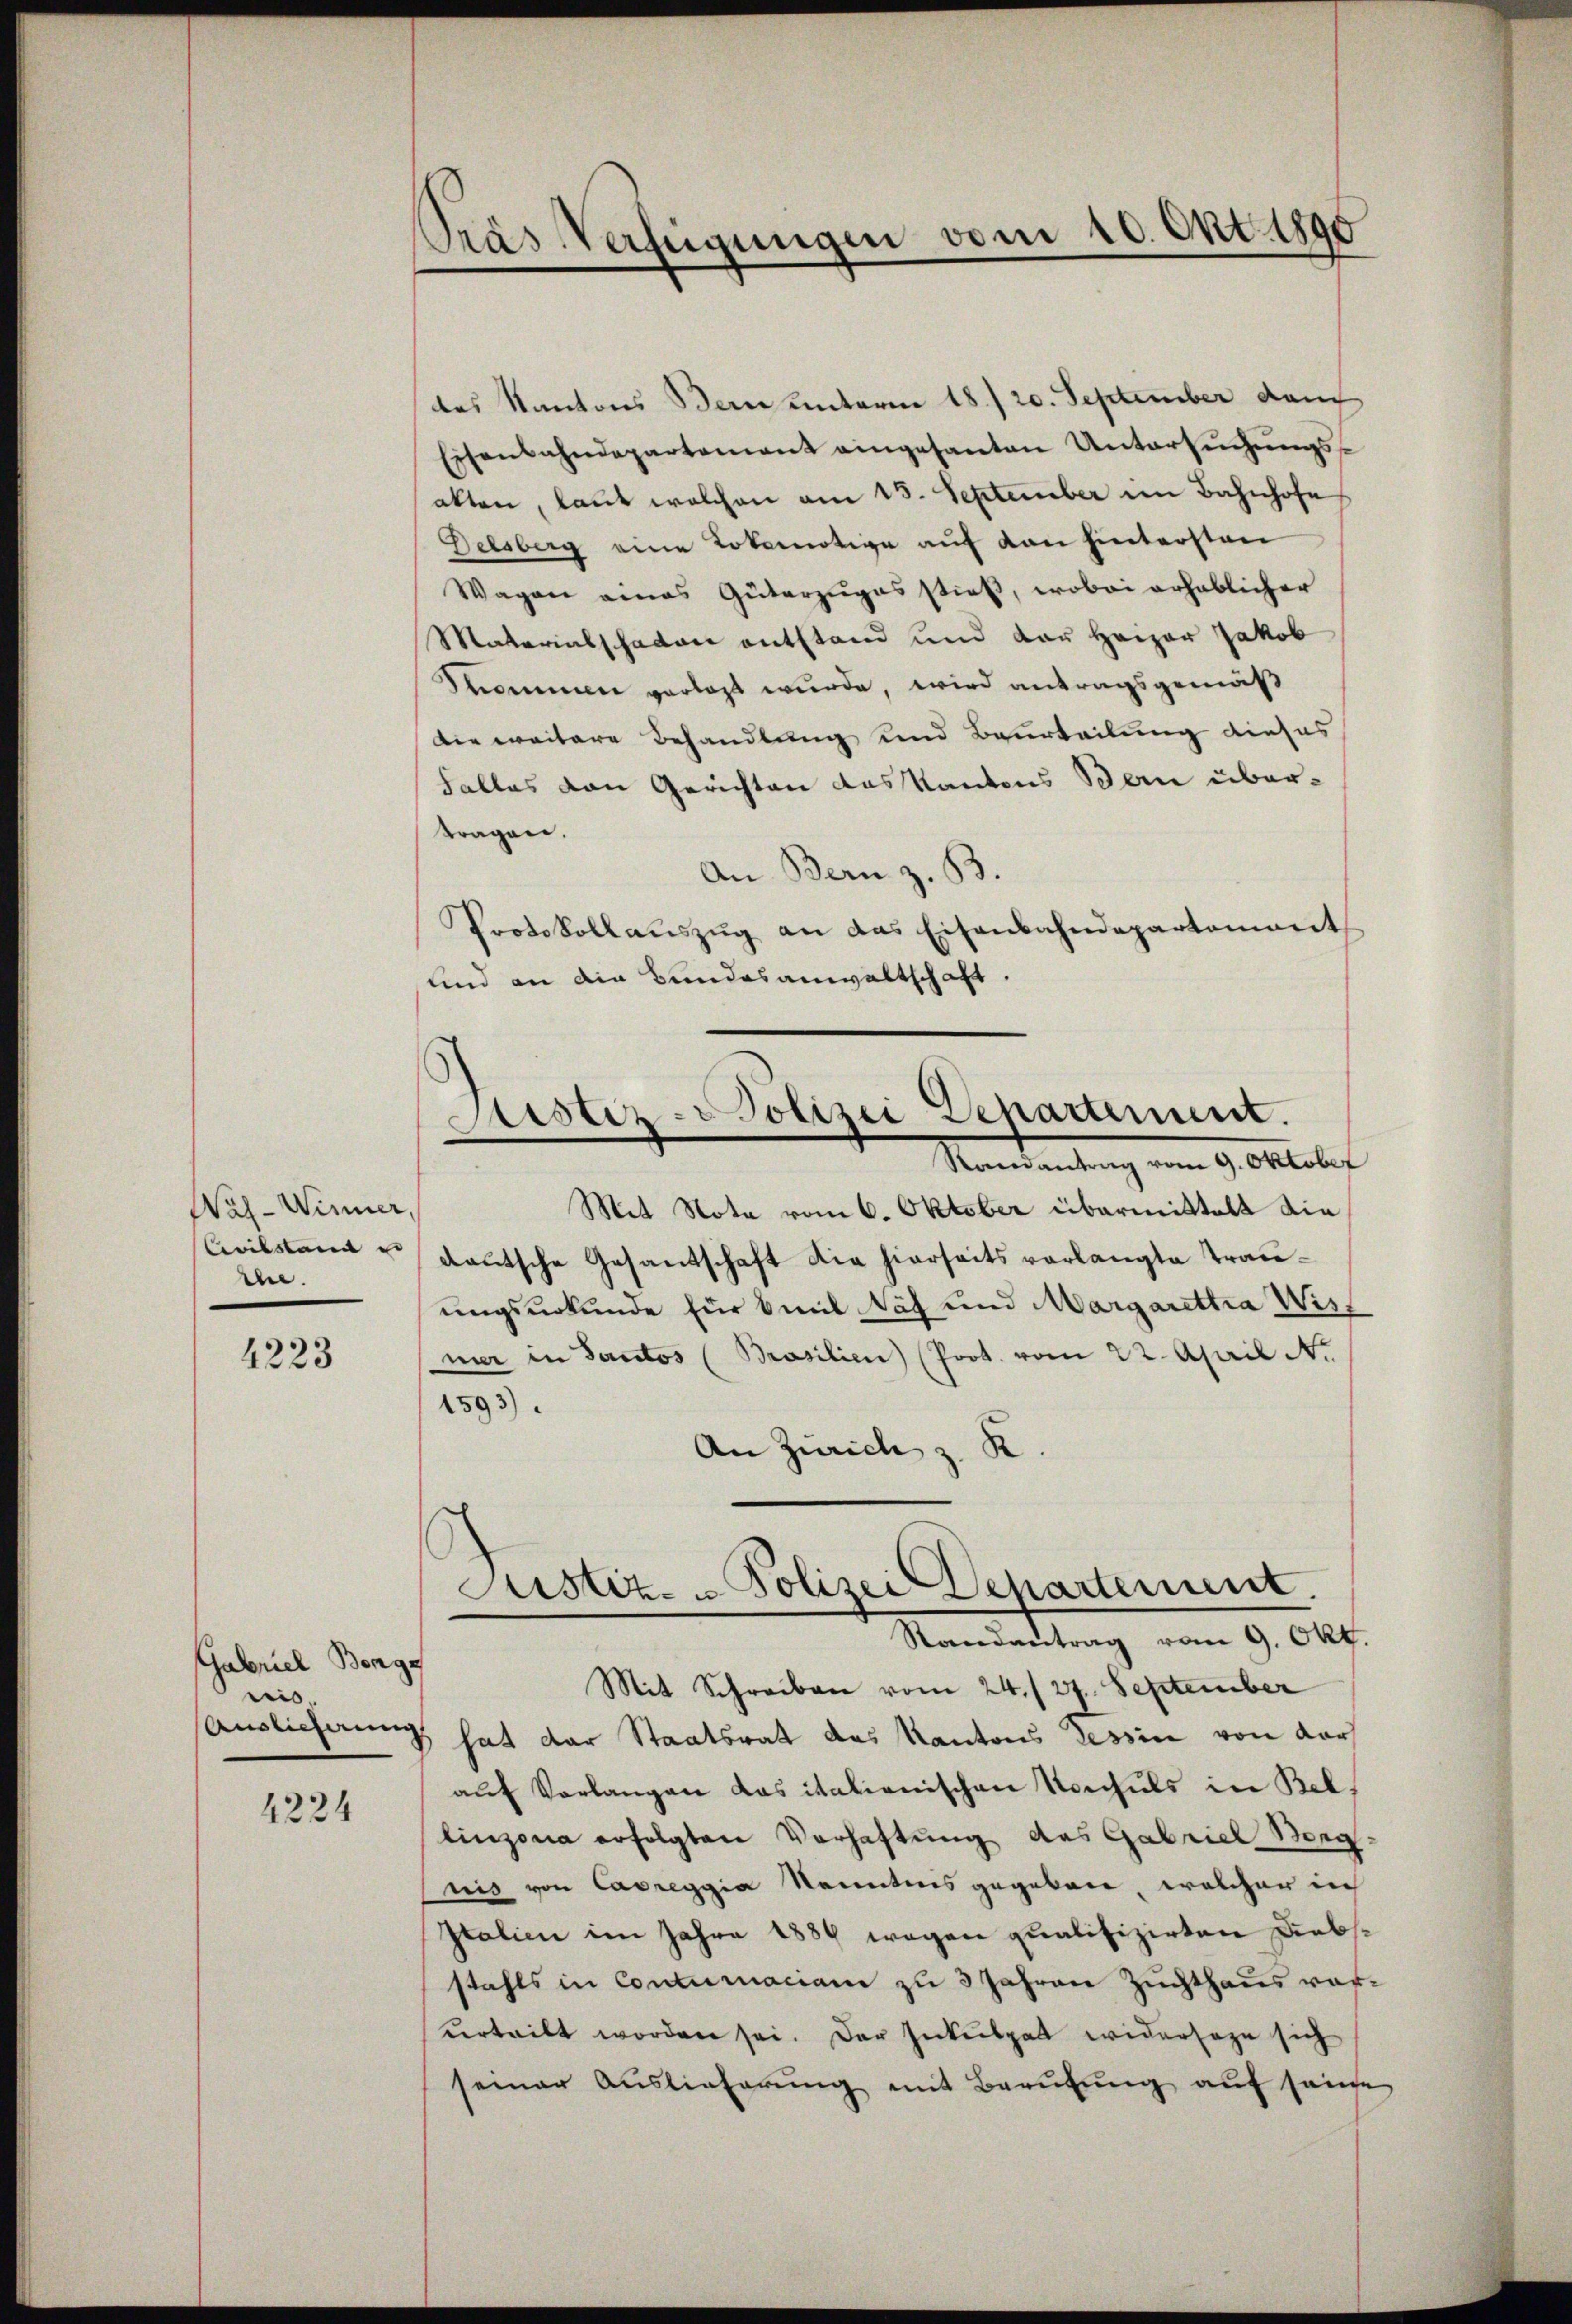
Wal-Winner,
Civilstanden |
che.

4223

Gabriel Benge
ris,

4224

Pras Verfügungen vom 20. Okt. 1890

des Kantons Bern unterm 18./20. September danch
Eisenbahndepartement eingesanten Untersŭchŭngs-
akten, laut welchen am 18. September im Bahnhofe
Delsberg eine Lokomotive auf von hintersten
Wagen eines Güterzuges stieß, wobei erheblicher
Materialschaten entstand und der Heizer Jakob
Sommene verlegt wurde, wird antragsgemäß
Die weitere Behandlung und Beurteilung dieses
Falles von Gerichten das Kantons Bern übertragen.
An Bern z. B.
Protokoll aŭszŭg an das Eisenbahndepartemont
und an die Bundesanwaltschaft.
Mit Nota vom 6. Oktober übermittelt diedeutsche Gesandschaft die hierseits verlangte Trauungsurkunde für mit Näf und Margarettia Wisner in Sanctos (Prasilien (Prot. vom 22. April N.
1593).
An Zürich z. K.
Justiz- u Polizei Departement.
Randantrag vom 9. Okt.
Mit Schreiben vom 24./27. September
Auslieferung hat der Staatsrat das Kantons Tessin von darf
aŭf Vorlangen das italienischen Noschuls in Bellinzona erfolgten Verhaftung des Gabriel Berg-
nis von Casreggia Kenntnis gegeben, welcher in
Italien im Jahre 1884 wegen qualifizirten Diebsstahls in Conturaciam zu 3 Jahren Zuchthaus rafvertritt worden sei. Der Inkulpat widersage sich
seiner Auslieferung mit Berufung auf seine

Sistiz-Polizei Departement.
Randantrag vom 9. Oktober